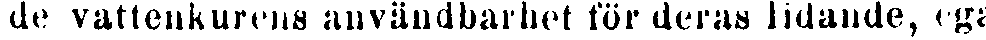
de vattenkurens användbarhet för deras lidande, ega